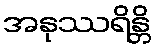
အနုဿရိန္တိ